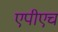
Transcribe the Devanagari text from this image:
एपीएच